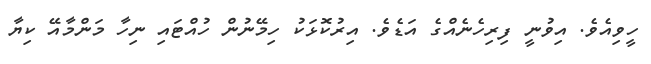
ހީވިއެވެ. އިވުނީ ފިރިހެނެއްގެ އަޑެވެ. އިރުކޮޅަކު ހިމޭނުން ހުއްޓައި ނިހާ މަންމާއޭ ކިޔާ